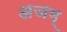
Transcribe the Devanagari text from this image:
अजम्